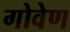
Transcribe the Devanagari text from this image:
गोवेण